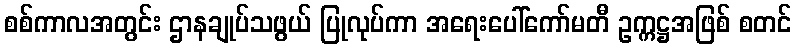
စစ်ကာလအတွင်း ဌာနချုပ်သဖွယ် ပြုလုပ်ကာ အရေးပေါ်ကော်မတီ ဥက္ကဋ္ဌအဖြစ် စတင်